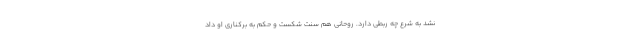
نشد به شرع چه ربطی دارد. روحانی هم سنت شکست و حکم به برکناری او داد